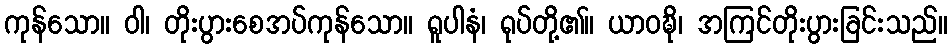
ကုန်သော။ ဝါ၊ တိုးပွားစေအပ်ကုန်သော။ ရူပါနံ၊ ရုပ်တို့၏။ ယာဝဍ္ဎိ၊ အကြင်တိုးပွားခြင်းသည်။